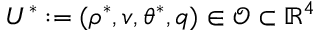
U ^ { \ast } : = ( \rho ^ { \ast } , v , \theta ^ { \ast } , q ) \in \mathcal { O } \subset \mathbb { R } ^ { 4 }